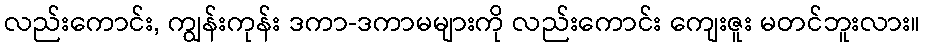
လည်းကောင်း, ကျွန်းကုန်း ဒကာ-ဒကာမများကို လည်းကောင်း ကျေးဇူး မတင်ဘူးလား။